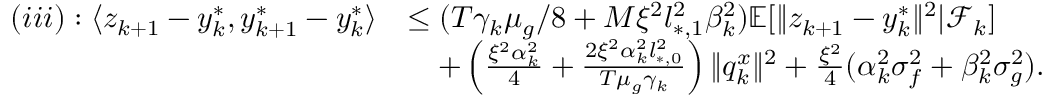
\begin{array} { r l } { ( i i i ) : \langle z _ { k + 1 } - y _ { k } ^ { * } , y _ { k + 1 } ^ { * } - y _ { k } ^ { * } \rangle } & { \le ( T \gamma _ { k } \mu _ { g } / 8 + M \xi ^ { 2 } l _ { * , 1 } ^ { 2 } \beta _ { k } ^ { 2 } ) \mathbb { E } [ \| z _ { k + 1 } - y _ { k } ^ { * } \| ^ { 2 } | \mathcal { F } _ { k } ] } \\ & { \quad + \left( \frac { \xi ^ { 2 } \alpha _ { k } ^ { 2 } } { 4 } + \frac { 2 \xi ^ { 2 } \alpha _ { k } ^ { 2 } l _ { * , 0 } ^ { 2 } } { T \mu _ { g } \gamma _ { k } } \right) \| q _ { k } ^ { x } \| ^ { 2 } + \frac { \xi ^ { 2 } } { 4 } ( \alpha _ { k } ^ { 2 } \sigma _ { f } ^ { 2 } + \beta _ { k } ^ { 2 } \sigma _ { g } ^ { 2 } ) . } \end{array}